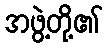
အဖွဲ့တို့၏